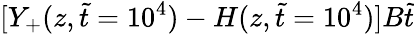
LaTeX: [Y_{+}(z,\tilde{t}=10^{4})-H(z,\tilde{t}=10^{4})]B\tilde{t}